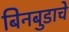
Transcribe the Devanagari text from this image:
बिनबुडाचे